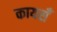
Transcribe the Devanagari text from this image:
कायसँ